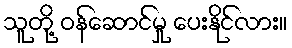
သူတို့ ဝန်ဆောင်မှု ပေးနိုင်လား။